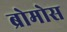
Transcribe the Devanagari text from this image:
ब्रोमोस